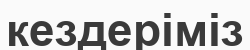
кездеріміз